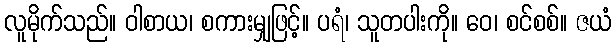
လူမိုက်သည်။ ဝါစာယ၊ စကားမျှဖြင့်။ ပရံ၊ သူတပါးကို။ ဝေ၊ စင်စစ်။ ဇယံ